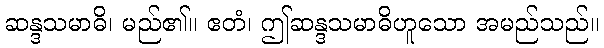
ဆန္ဒသမာဓိ၊ မည်၏။ ဧတံ၊ ဤဆန္ဒသမာဓိဟူသော အမည်သည်။